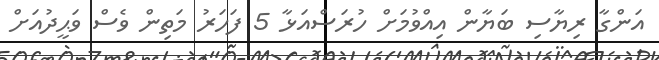
އަންގާ ރިޔާސި ބަޔާން އިއްވުމަށް ހުރަސްއަޅާ 5 ފަހަރު މަތިން ވެސް ވަޙީދުއަށް